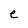
Character: e